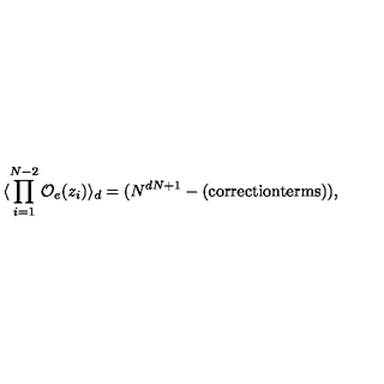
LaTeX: \langle \prod _ { i = 1 } ^ { N - 2 } { \cal O } _ { e } ( z _ { i } ) \rangle _ { d } = ( N ^ { d N + 1 } - ( \mathrm { c o r r e c t i o n t e r m s } ) ) ,